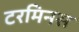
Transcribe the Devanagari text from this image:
टरमिनस